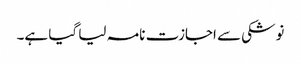
نوشکی سے اجازت نامہ لیا گیا ہے۔